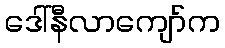
ဒေါ်နီလာကျော်က